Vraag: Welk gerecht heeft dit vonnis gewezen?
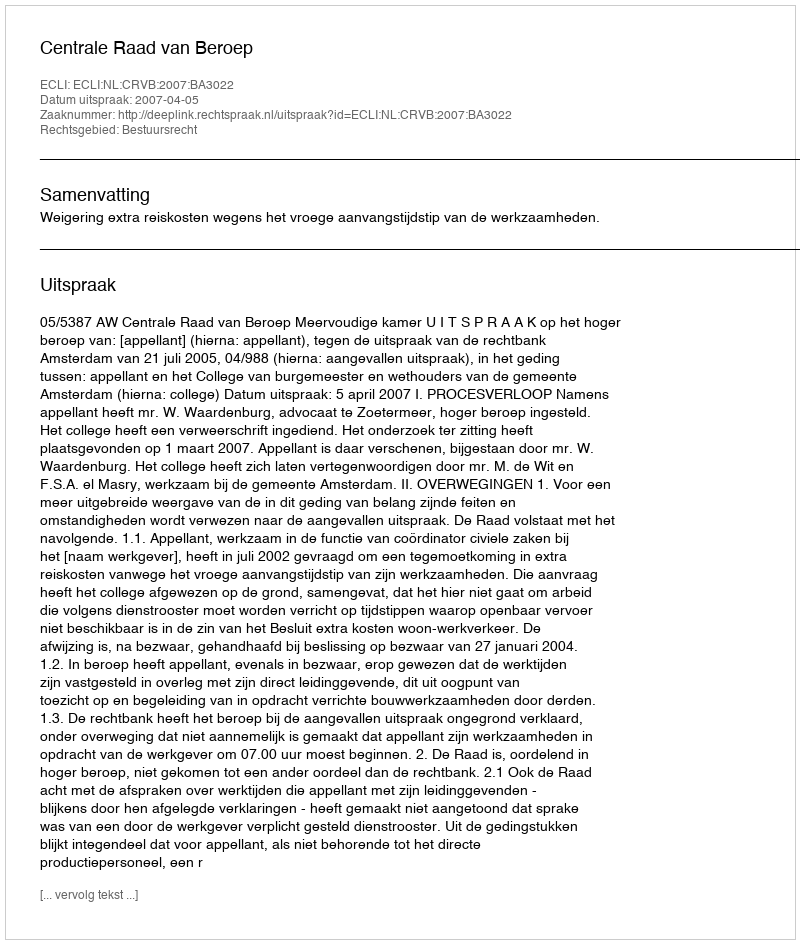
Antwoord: Centrale Raad van Beroep